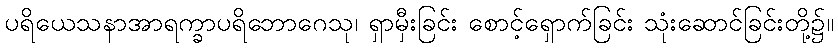
ပရိယေသနာအာရက္ခာပရိဘောဂေသု၊ ရှာမှီးခြင်း စောင့်ရှောက်ခြင်း သုံးဆောင်ခြင်းတို့၌။